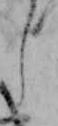
し